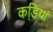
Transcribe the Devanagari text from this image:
कडि़यां